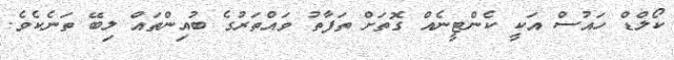
ކޯލްޑް ހައުސް އަކީ ކެންޓީނެއް ގޮތަށް ތަފާތު ވައްތަރުގެ ބުއިންތައް ލިބޭ ތަނެކެވެ.